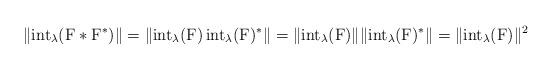
LaTeX: \begin{align*}\|\mathrm{int}_\lambda(\mathrm{F}\ast\mathrm{F}^\ast)\|=\|\mathrm{int}_\lambda(\mathrm{F})\,\mathrm{int}_\lambda(\mathrm{F})^\ast\|=\|\mathrm{int}_\lambda(\mathrm{F})\|\|\mathrm{int}_\lambda(\mathrm{F})^\ast\|=\|\mathrm{int}_\lambda(\mathrm{F})\|^2\end{align*}